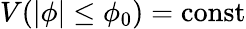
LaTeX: V(|\phi|\leq\phi_{0})=\mathrm{const}